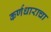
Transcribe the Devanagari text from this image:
कर्णधाराचा